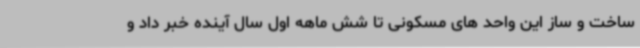
ساخت و ساز این واحد های مسکونی تا شش ماهه اول سال آینده خبر داد و